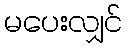
မပေးလျှင်